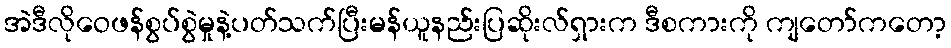
အဲဒီလိုဝေဖန်စွပ်စွဲမှုနဲ့ပတ်သက်ပြီးမန်ယူနည်းပြဆိုးလ်ရှားက ဒီစကားကို ကျတော်ကတော့